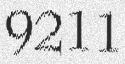
9211